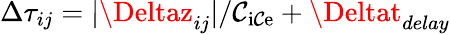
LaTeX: \Delta\tau_{ij}=|\Deltaz_{ij}|/\mathcal{C}_{\mathrm{{i\mathcal{C}e}}}+\Deltat_{delay}